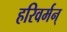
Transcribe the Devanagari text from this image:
हरिवर्मन्‌